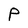
Character: P